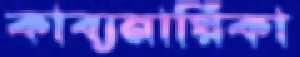
কাব্যনায়িকা